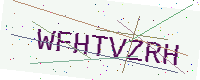
Text: WFHTVZRH